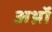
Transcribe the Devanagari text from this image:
अर्थ्रो